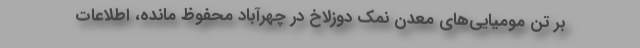
بر تن مومیایی‌های معدن نمک دوزلاخ در چهرآباد محفوظ مانده، اطلاعات